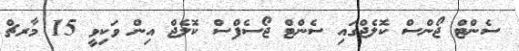
ސެންޓް ޖޯންސް ކޮލެޖްގައި ސެންޓް ޖޯސެފްސް ކޮލެޖް އިން ވަކިވީ 15 މާރޗް